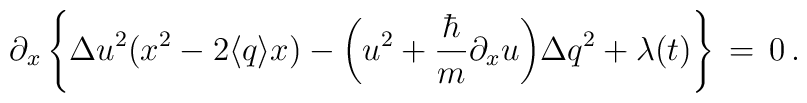
\partial_{x}\left\{{\Delta u}^2 (x^2-2\langle q \rangle x)-\bigg(u^2+\frac{\hbar}{m}\partial_{x} u\bigg) {\Delta q}^2 + \lambda(t)\right\}\,=\,0\,.